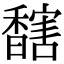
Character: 𩡔